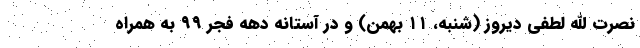
نصرت الله لطفی دیروز (شنبه، ۱۱ بهمن) و در آستانه دهه فجر ۹۹ به همراه